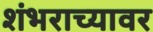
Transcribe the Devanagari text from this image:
शंभराच्यावर